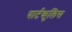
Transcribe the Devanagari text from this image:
पार्टकुलिस